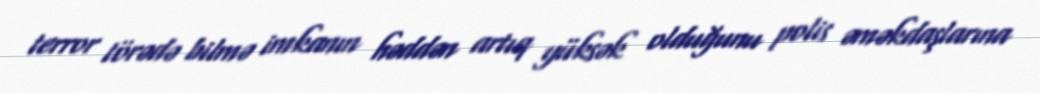
terror törədə bilmə imkanın həddən artıq yüksək olduğunu polis əməkdaşlarına